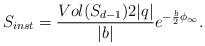
LaTeX: \begin{align*}S_{inst}={Vol(S_{d-1}) 2 |q|\over |b|}e^{-{\frac{b}{2}}\phi _{\infty }}. \end{align*}